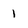
Character: 1